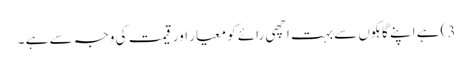
3) ہے اپنے گاہکوں سے بہت اچھی رائے کو معیار اور قیمت کی وجہ سے ہے ۔